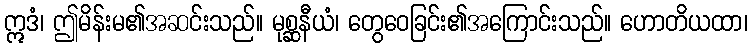
ဣဒံ၊ ဤမိန်းမ၏အဆင်းသည်။ မုစ္ဆနီယံ၊ တွေဝေခြင်း၏အကြောင်းသည်။ ဟောတိယထာ၊